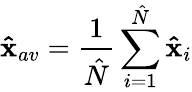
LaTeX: \mathbf{\hat{x}}_{av}=\frac{1}{\hat{N}}\sum_{i=1}^{\hat{N}}\mathbf{\hat{x}}_{i}